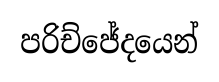
පරිච්ජේදයෙන්